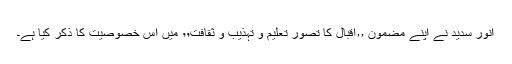
انور سدید نے اپنے مضمون ٫٫اقبال كا تصورِ تعلیم و تہذیب و ثقافت٬٬ میں اس خصوصیت كا ذكر كیا ہے۔